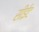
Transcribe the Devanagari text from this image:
सीईट